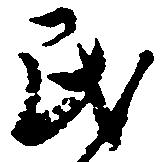
民